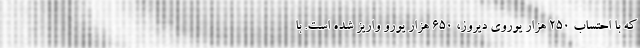
که با احتساب ۲۵۰ هزار یوروی دیروز، ۶۵۰ هزار یورو واریز شده است. با